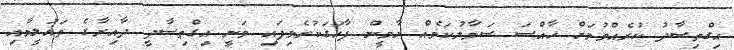
އިގްތިސާދު ކުރެއްވުމަށް ހާއްސަ ސަމާލުކަމެއް ޔާމީން ފާހަގަކުރެވިފައި ވަނީ އިގްތިސާދީ ދާއިރާގެ ތައުލީމާއި